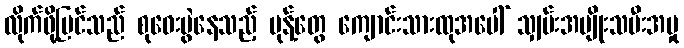
လိုက်ဖို့ပြင်သည် စုဝေးပွဲနေသည့် မုန့်တွေ ကျောင်းသားထုအပေါ် သျှမ်းအမျိုးသမီးအမှု